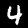
Label: 4